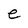
Character: e